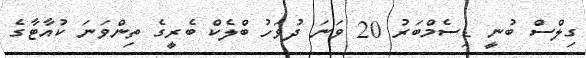
ގިލްސް ބުނީ ޑިސެމްބަރު 20 ވަނަ ދުވަހު ބްލެކް ބެރީގެ ތިންވަނަ ކުއާޓާގެ